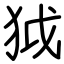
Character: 狘